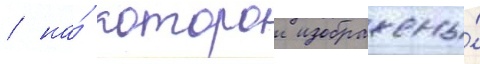
/ на́ которои изображены́